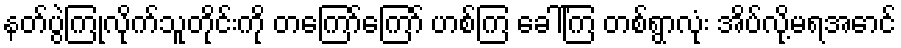
နတ်ပွဲကြုံလိုက်သူတိုင်းကို တကြော်ကြော် ဟစ်ကြ ခေါ်ကြ တစ်ရွာလုံး အိပ်လို့မရအောင်